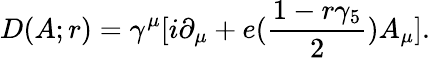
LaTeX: D(A;r)=\gamma^{\mu}[i\partial_{\mu}+e({\frac{1-r\gamma_{5}}{2}})A_{\mu}].